Report on enteric fever
Disease focus: Fever
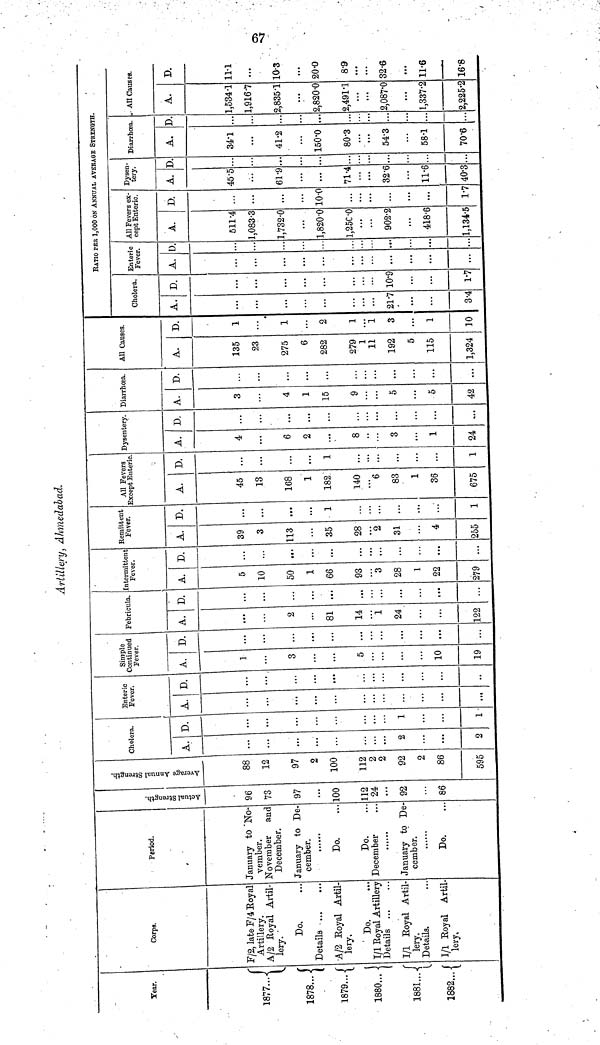
67
Artillery, Ahmedabad.
Year.
1877...
1878... |
1879...
1880...
1881...
1882...
Corps.
F/2, late F/4 Royal
Artillery.
A/2 Royal Artil-
lery.
Do,
Details
A/2 Royal Artil-
lery,
Do.
I/1 Royal Artillery
Details
I/1 Royal Artil-
lery.
Details.
I/1 Royal Artil
lery.
Period.
January to "No-
vember.
November
and
December.
January to De-
cember.
......
Do.
Do.
December
January to De-
cember.
Do.
Actual Strength.
96
73
97
...
100
112
24
...
92
86
Average Annual Strength.
88
12
97
2
100
112
2
2
92
2
86
595
Cholera.
A.
2
2
D.
1
1
Enteric
Fever.
A.
...
D.
...
Simple
Continued
Fever.
A.
1
3
5
10
19
D.
...
...
...
...
Febricula.
A.
2
81
14
1
24
...
122
D.
...
...
...
...
...
Intermittent
Fever.
A.
5
10
50
1
66
93
3
28
1
22
279
D.
...
...
...
...
...
...
...
...
Remittent
Fever.
A.
39
3
113
35
28
2
31
...
4
255
D.
...
...
...
1
...
...
...
1
All Fevers
Except Enteric.
A.
45
13
168
1
182
140
6
83
1
36
675
D.
...
1
...
...
1
Dysentery.
A.
4
6
2
...
8
3
1
24
D.
...
...
...
...
....
Diarrhœa.
A.
3
4
1
15
9
5
5
42
D.
...
...
...
...
...
...
All Causes.
A.
135
23
275
6
282
279
1
11
192
5
115
1,324
D.
1
1
2
1
1
3
1
10
RATIO PER 1,000 ON ANNUAL AVERAGE STRENGTH.
Cholera.
A.
21.7
3.4
D.
10.9
1.7
Enteric
Fever.
A.
...
...
D.
...
All Fevers ex-
cept Enteric.
A.
511.4
1,083.3
1,732.0
1,820.0
1,250.0
902.2
418.6
1,134.5
D.
...
10.0
...
...
1.7
Dysen-
tery.
A.
45.5
61.9
71.4
32.6
11.6
40.3
D
...
...
...
Diarrhœa.
A.
34.1
41.2
150.0
80.3
54.3
58.1
70.6
D
...
...
All Causes.
A.
1,534.1
1,916.7
2,8351
2,820.0
2,491.1
2,087.0
1,337.2
2,225.2
D.
11.1
...
10.3
20.0
8.9
32.6
11.6
16.8